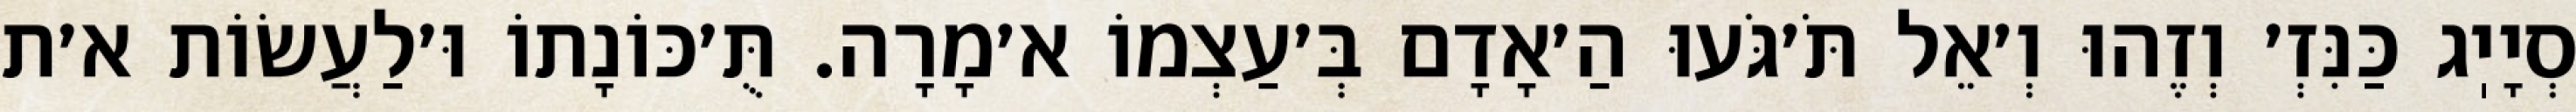
סְיָיֽג כַּנִּזְ׳ וְזֶהוּ וְ׳אֵל תֹּ׳גֹּעוּ הַ׳אָדָם בְּ׳עַצְמוֹ א׳מָרָה. תֻּ׳כּוֹנָתוֹ וּ׳לַעֲשׂוֹת א׳ת